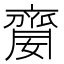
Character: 䶒